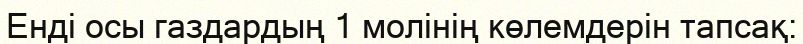
Енді осы газдардың 1 молінің көлемдерін тапсақ: